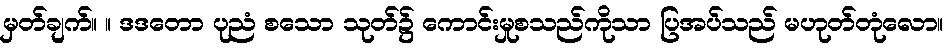
မှတ်ချက်။ ။ ဒဒတော ပုညံ စသော သုတ်၌ ကောင်းမှုစသည်ကိုသာ ပြအပ်သည် မဟုတ်တုံလော။